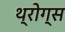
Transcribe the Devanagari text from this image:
थ्रोग्स